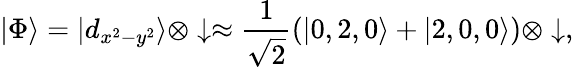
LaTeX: |\Phi\rangle=|d_{x^{2}-y^{2}}\rangle\otimes\downarrow\approx\frac{1}{\sqrt{2}}(|0,2,0\rangle+|2,0,0\rangle)\otimes\downarrow,